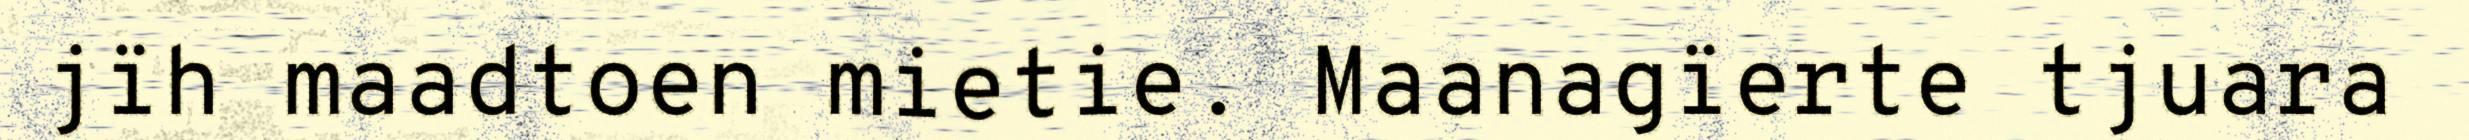
jïh maadtoen mietie. Maanagïerte tjuara